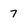
Character: 7